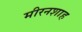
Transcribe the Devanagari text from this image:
मीरनशाह